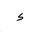
Letter: _hamza